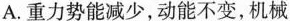
A.重力势能减少，动能不变，机械